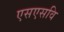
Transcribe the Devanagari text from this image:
एसएसवि